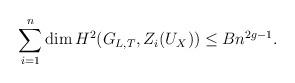
LaTeX: \begin{align*} \sum_{i=1}^{n} \dim H^2(G_{L, T}, Z_{i}(U_X)) \leq Bn^{2g - 1}. \end{align*}